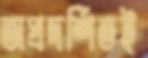
অপ্রদর্শিতই